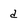
Character: d